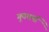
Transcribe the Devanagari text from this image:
गुणधर्मा